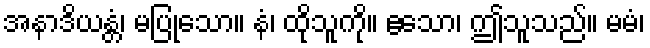
အနာဒိယန္တံ၊ မပြုသော။ နံ၊ ထိုသူကို။ ဧသော၊ ဤသူသည်။ မမံ၊